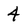
Character: 4